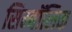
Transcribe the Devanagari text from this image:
सिम्बॉलिक